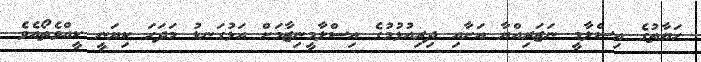
ޙަޔާތުގެ އިސްލާމީ ނަޒަރިއްޔާ އަށާއި ދިރިއުޅުމުގެ އިސްލާމީނިޒާމަށް އަޅުގަނޑު މަދަޙަ ކިޔަނީ ކީއްވެތޯއެވެ